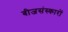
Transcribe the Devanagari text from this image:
बीजसंस्कारों